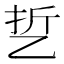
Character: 乴